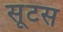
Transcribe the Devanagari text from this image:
सूटस